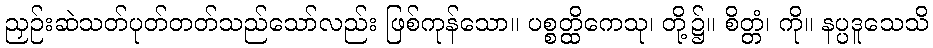
ညှဉ်းဆဲသတ်ပုတ်တတ်သည်သော်လည်း ဖြစ်ကုန်သော။ ပစ္စတ္ထိကေသု၊ တို့၌။ စိတ္တံ၊ ကို။ နပ္ပဒူသေသိ